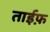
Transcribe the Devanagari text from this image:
ताईफ़